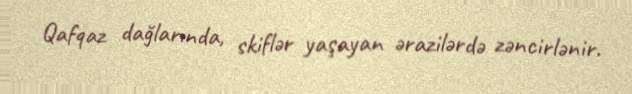
Qafqaz dağlarında, skiflər yaşayan ərazilərdə zəncirlənir.